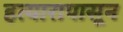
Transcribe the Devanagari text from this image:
हत्यारापासून